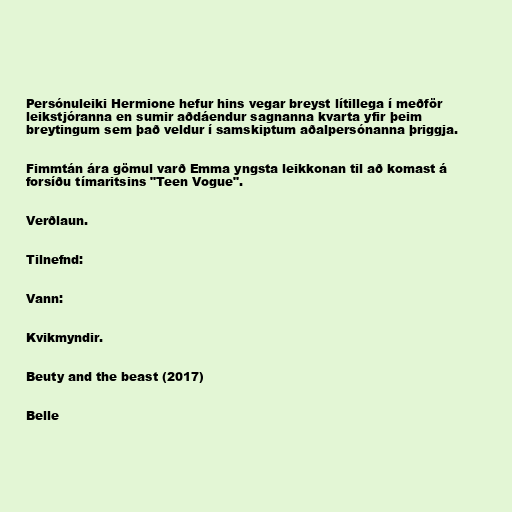
Persónuleiki Hermione hefur hins vegar breyst lítillega í meðför
leikstjóranna en sumir aðdáendur sagnanna kvarta yfir þeim
breytingum sem það veldur í samskiptum aðalpersónanna þriggja.

Fimmtán ára gömul varð Emma yngsta leikkonan til að komast á
forsíðu tímaritsins "Teen Vogue".

Verðlaun.

Tilnefnd:

Vann:

Kvikmyndir.

Beuty and the beast (2017)

Belle